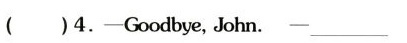
( )4.-——Goodbye,John.-——_ _______